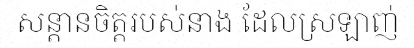
សន្តានចិត្តរបស់នាង ដែលស្រឡាញ់